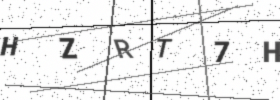
Text: HZRT7H